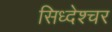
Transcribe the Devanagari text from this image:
सिध्देश्चर